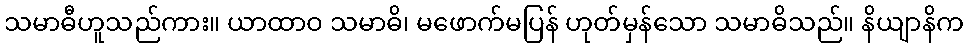
သမာဓီဟူသည်ကား။ ယာထာဝ သမာဓိ၊ မဖောက်မပြန် ဟုတ်မှန်သော သမာဓိသည်။ နိယျာနိက